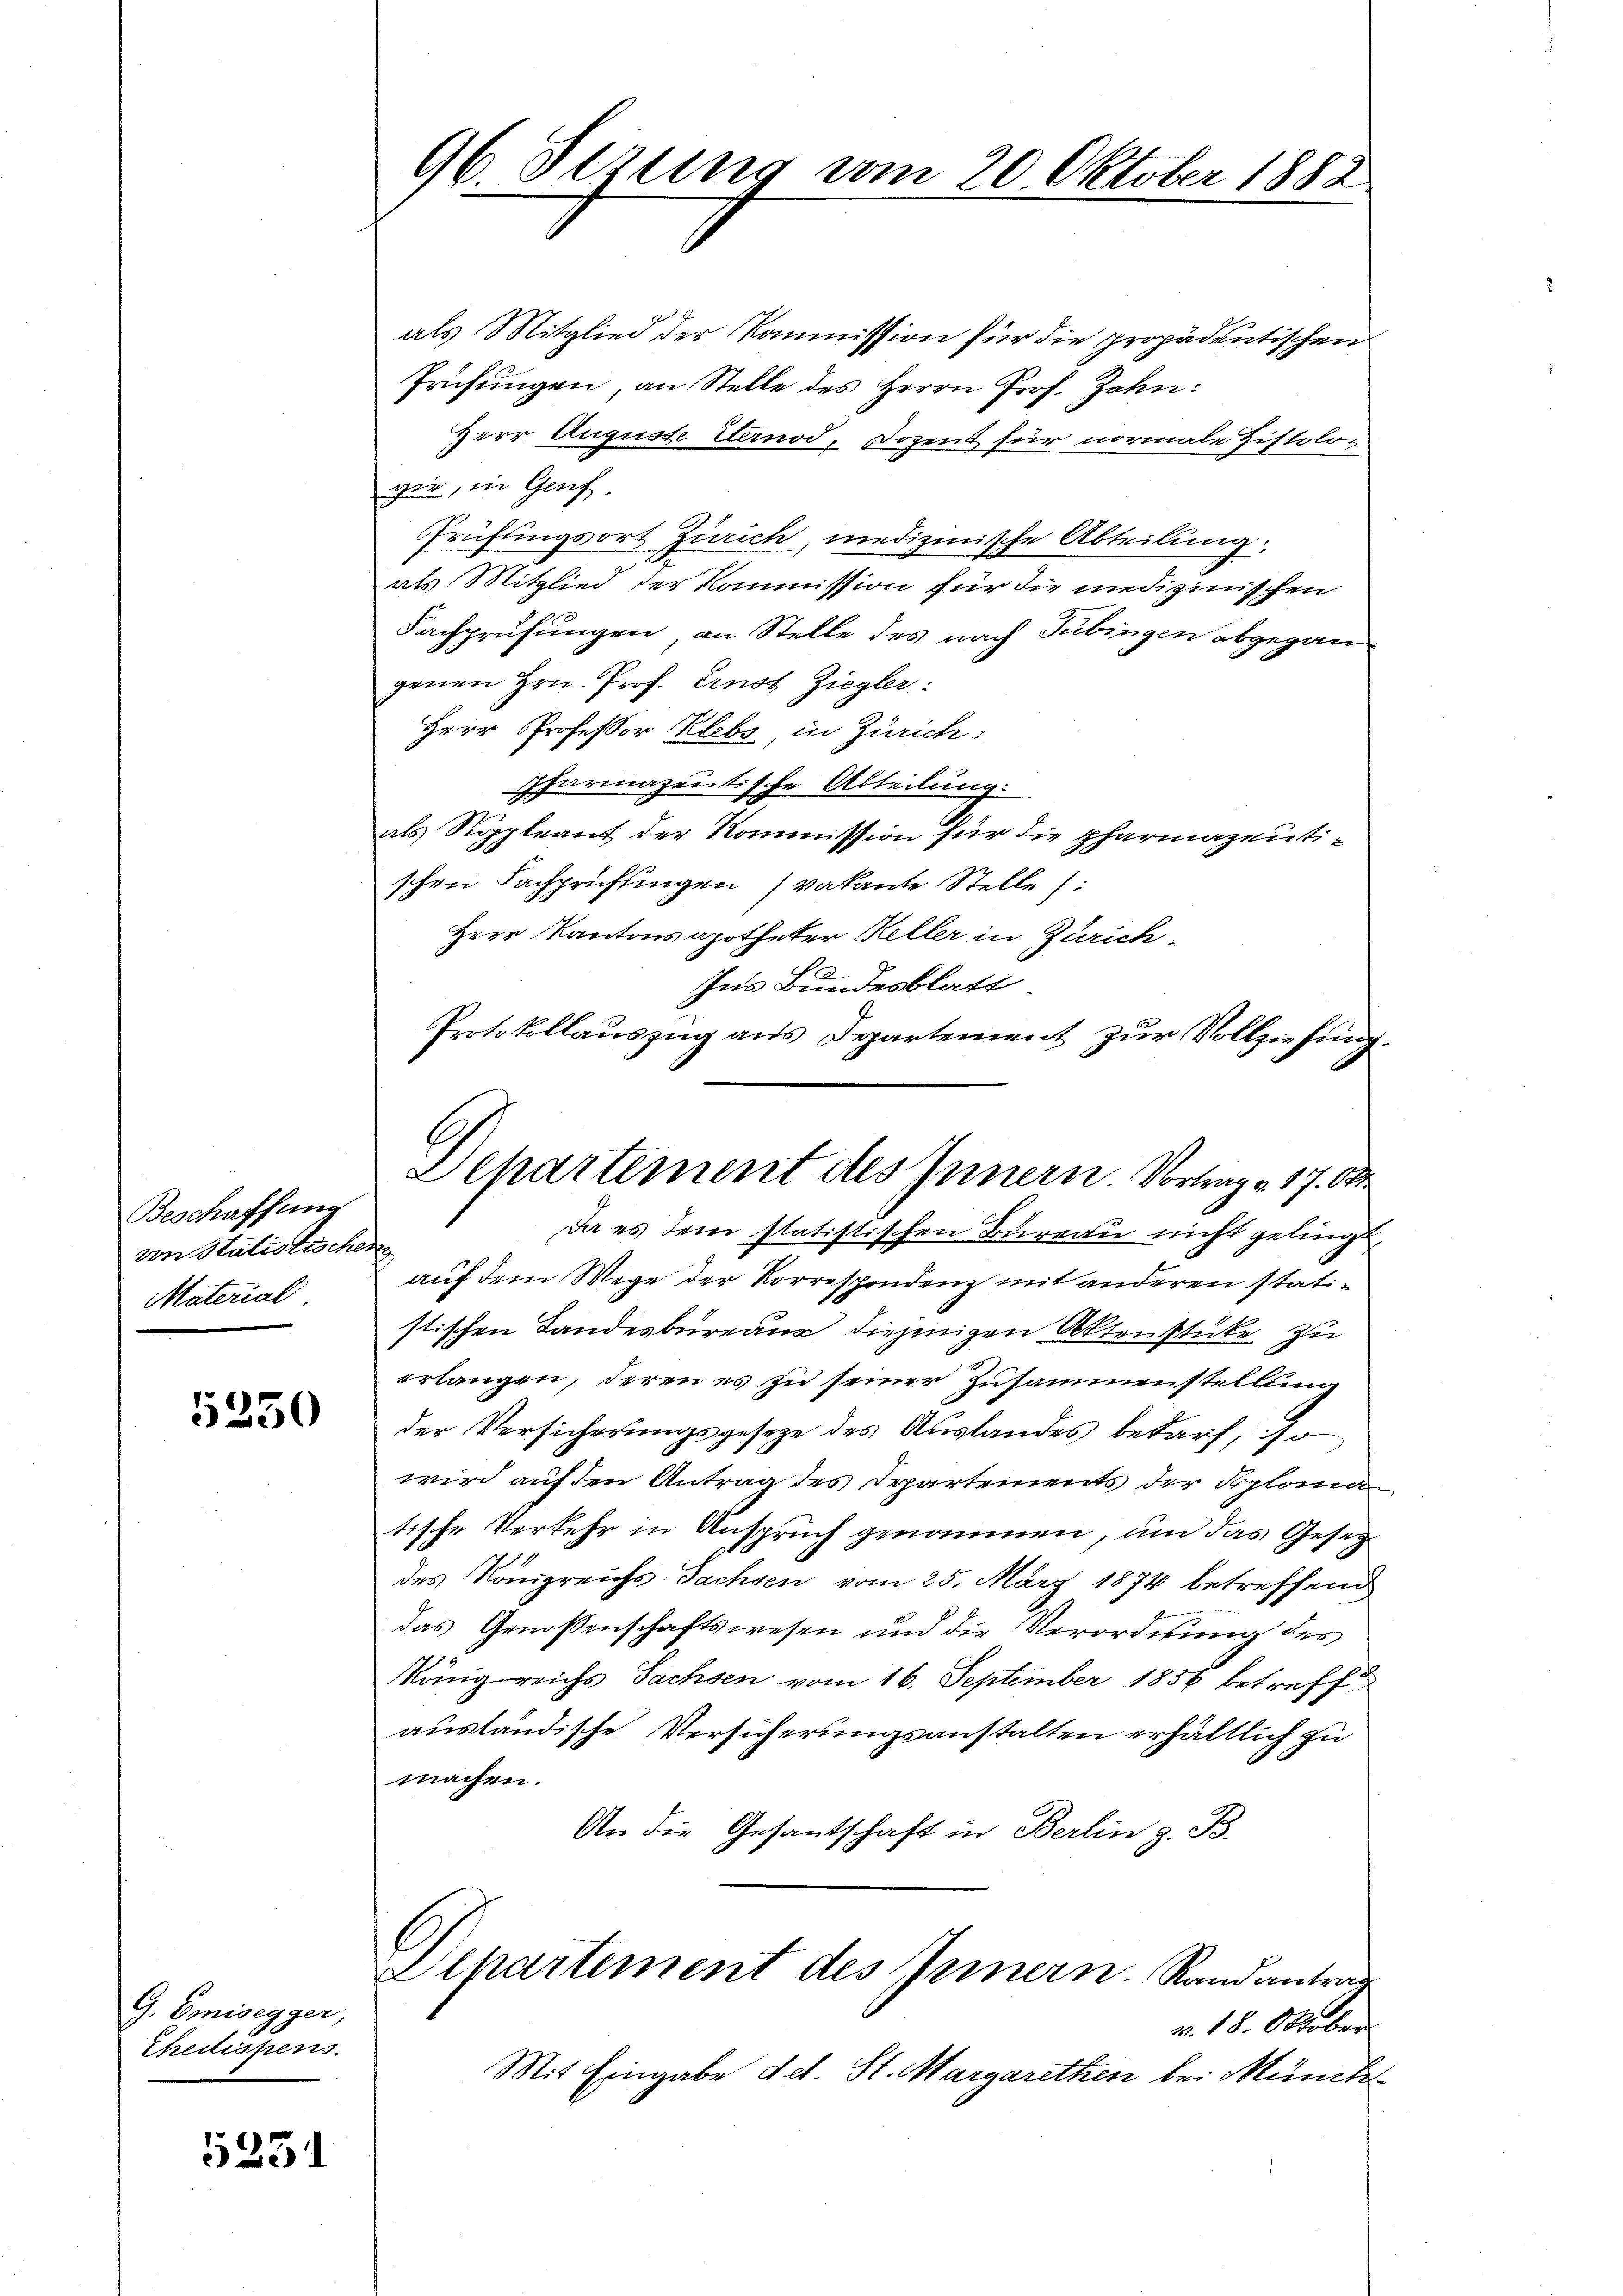
Beschaffung
von Statistische
Material

5350

G. Emisegger,
Thedispens.

5231

96. Sezung vom 20. Oktober 1882.

als Mitglied der Kommission für die propädentischen
Prüfungen, an Stelle des Herrn Prof. Zahn:
Herr Auguste Gernod, Dozent für normale Zistolo-
ger, in Genf,
Prüfungsort Zürich, medizinische Abteilung
als Mitglied der Kommission für die medizinischen
Fachprüfungen, an Stelle des nach Tübingen abgegangenen Hrn. Prof. Ernst Ziegler
Herr Professor Klebs in Zürich:
pharmazeitische Abteilung:
als Suppleant der Kommission für die pharmazentischen Fachprüffingen ( vakante Stelle:
Herr Kantons apotheker Keller in Zürich¬
2
Ins Bundesblatt
Protokollauszug aus Departement zur Vollziehung.
Da es dem statistischen Bureau nicht gelingt
i
auf dem Wege der Korrespondenz mit anderen statistischen Landesbüreau diejenigen Aktenstüke zu
erlangen, deren es zu seiner Zusammenstellung
der Versicherungsgesetze des Auslandes bedarf, so
wird auf den Antrag des Departements der Splona
tische Verkehr in Anspruch genommen, und das Gesez
des Königreichs Sachsen vom 25. März 1874 betreffend
das Genossenschaftswesen und die Verordnung des
Königreichs Sachsen vom 16. September 1856 betreff
ausländische Versicherungsanstalten erhältlich zu
machen.
An die Gesantschaft in Berlin z. B.
Departement des Innern. Randantrag
v. 18. Oktober
Mit Eingabe det. St. Margarethen bei Münche

h
Separtement des Innern. Vortrag v. 17. 58